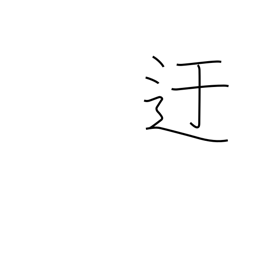
Meaning: roundabout way